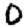
Digit: 0